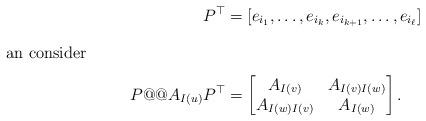
LaTeX: \begin{align*} P^\top&=[e_{i_1},\ldots,e_{i_k},e_{i_{k+1}},\ldots,e_{i_\ell}]\intertext{an consider} P@@A_{I(u)}P^\top &= \begin{bmatrix} A_{I(v)} & A_{I(v)I(w)} \\ A_{I(w)I(v)} & A_{I(w)} \\ \end{bmatrix}.\end{align*}